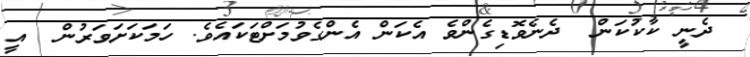
ދެނީ ކާކުކަން  ދެނެވޮޑިގެންވެ އެކަން އެންގެވުމަށްޓަކައެވެ. ހަމަކަށަވަރުން  އީ